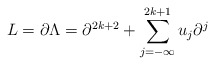
\begin{align*}L=\partial \Lambda =\partial ^{2k+2}+\sum_{j=-\infty}^{2k+1}u_j\partial ^j\end{align*}